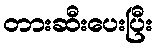
တားဆီးပေးပြီး